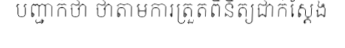
បញ្ជាក់ថា ថាតាមការត្រួតពិនិត្យជាក់ស្តែង